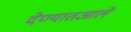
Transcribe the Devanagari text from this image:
देण्यातआले